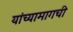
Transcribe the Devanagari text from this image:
यांच्यामागची